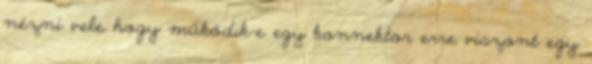
nézni vele hogy működik-e egy konnektor erre viszont egy